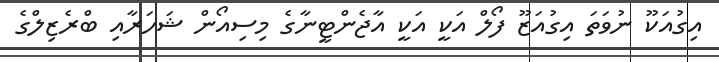
އިގުއަކޫ ނުވަތަ އިގުއަޒޫ ފޯލް އަކީ އަކީ އާޖެންޓީނާގެ މިސިއޯން ޝަހަރާއި ބްރެޒިލްގެ